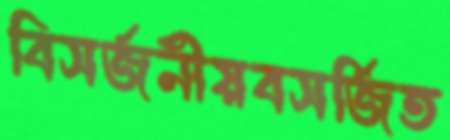
বিসর্জনীয়বসর্জিত